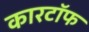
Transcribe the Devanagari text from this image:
कारटॉफ